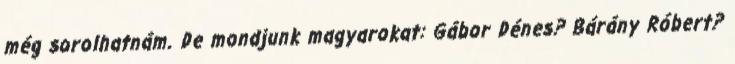
még sorolhatnám. De mondjunk magyarokat: Gábor Dénes? Bárány Róbert?